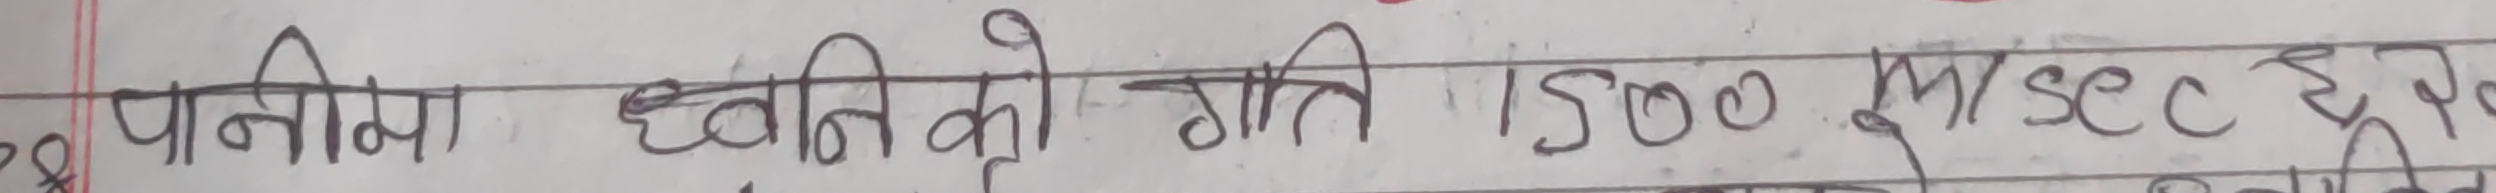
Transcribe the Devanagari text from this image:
पानीमा ध्वनिको गति १५०० m/sec हुन्छ